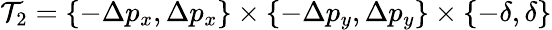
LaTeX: \mathcal{T}_{2}=\{ -\Delta p_{x},\Delta p_{x}\} \times\{ -\Delta p_{y},\Delta p_{y}\} \times\{ -\delta,\delta\}